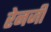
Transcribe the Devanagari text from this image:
रेनजी